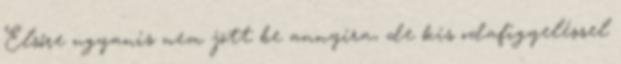
Elsőre ugyanis nem jött be annyira, de kis odafigyeléssel